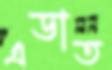
এডাত